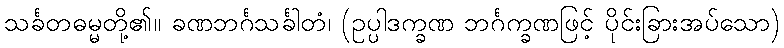
သင်္ခတဓမ္မတို့၏။ ခဏဘင်္ဂသင်္ခါတံ၊ (ဥပ္ပါဒက္ခဏ ဘင်္ဂက္ခဏဖြင့် ပိုင်းခြားအပ်သော)